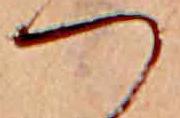
つ